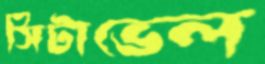
সিটাভেল